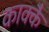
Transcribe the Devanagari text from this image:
काक्कै